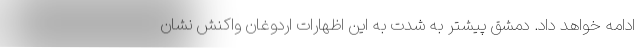
ادامه خواهد داد. دمشق پیشتر به شدت به این اظهارات اردوغان واکنش نشان